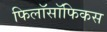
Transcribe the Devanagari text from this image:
फिलॉसॉफिकस